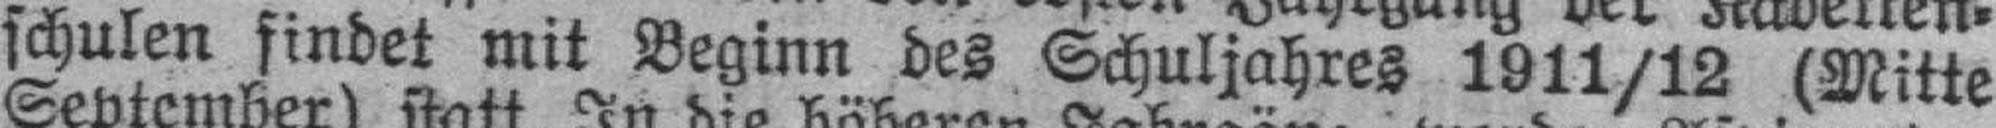
schulen findet mit Beginn des Schuljahres 1911/12 (Mitte